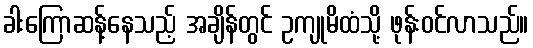
ခါးကြောဆန့်နေသည့် အချိန်တွင် ဥကျုမိထံသို့ ဖုန်းဝင်လာသည်။